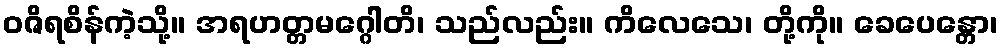
ဝဇိရစိန်ကဲ့သို့။ အရဟတ္တမဂ္ဂေါတိ၊ သည်လည်း။ ကိလေသေ၊ တို့ကို။ ခေပေန္တော၊